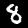
Digit: 8